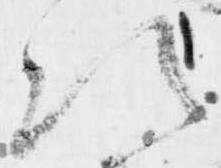
次